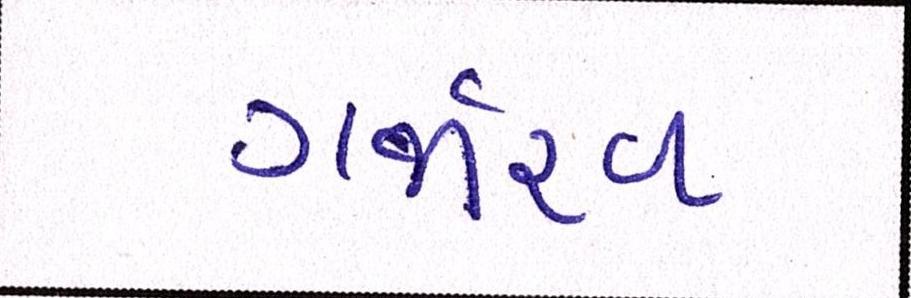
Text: ગર્જારવ